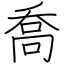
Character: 喬